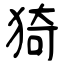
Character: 猗